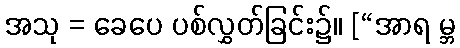
အသု = ခေပေ ပစ်လွှတ်ခြင်း၌။ [“အာရ မ္ဘ